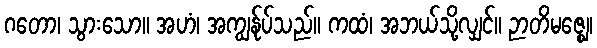
ဂတော၊ သွားသော။ အဟံ၊ အကျွန်ုပ်သည်။ ကထံ၊ အဘယ်သို့လျှင်။ ဉာတိမဇ္ဈေ၊